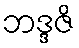
ဘဒ္ဒဇိ